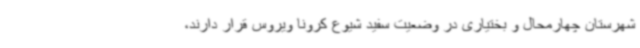
شهرستان چهارمحال و بختیاری در وضعیت سفید شیوع کرونا ویروس قرار دارند،